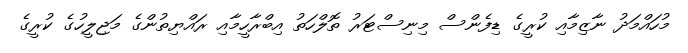
މުހައްމަދު ނާޒިމާއި ކުރީގެ ޑިފެންސް މިނިސްޓަރު ތޮލްހަތު އިބްރާހީމާއި ރައްޔިތުންގެ މަޖިލީހުގެ ކުރީގެ